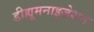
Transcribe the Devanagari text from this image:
डीह्यूमनाइज़ेशन